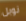
نوبل